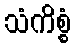
သံကိစ္စံ